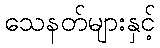
သေနတ်များနှင့်